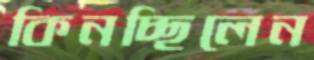
কিনচ্ছিলেন